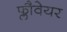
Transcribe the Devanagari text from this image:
फ्लौवेयर